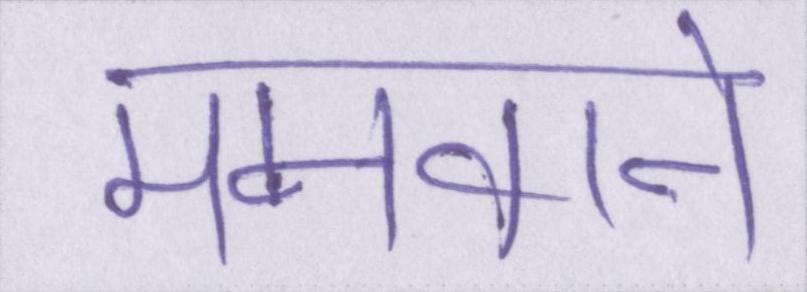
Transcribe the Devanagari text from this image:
मनवाने